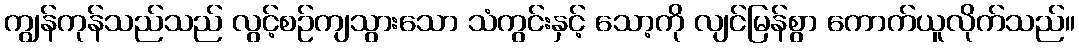
ကျွန်ကုန်သည်သည် လွင့်စဉ်ကျသွားသော သံကွင်းနှင့် သော့ကို လျင်မြန်စွာ ကောက်ယူလိုက်သည်။